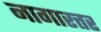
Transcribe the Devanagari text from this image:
नागारत्तर